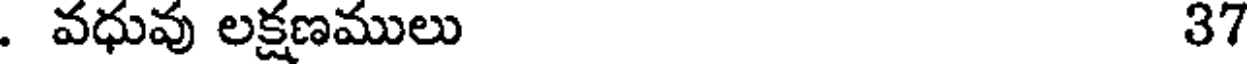
. వధువు లక్షణములు 37